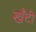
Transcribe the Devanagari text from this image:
खँटी